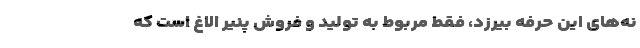
نه‌های این حرفه بیرزد، فقط مربوط به تولید و فروش پنیر الاغ است که